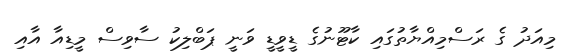
މިއަދު ގެ ރަސްމިއްޔާތުގައި ކާޓޫނުގެ ޑީވީޑީ ވަނީ ޕަބްލިކު ސާވިސް މީޑިއާ އާއި